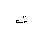
Letter: _ta